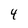
Character: 4